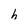
Character: h